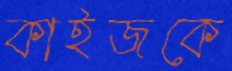
কাইজকে